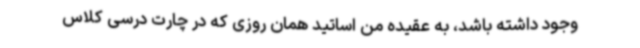
وجود داشته باشد، به عقیده من اساتید همان روزی که در چارت درسی کلاس